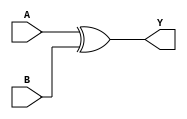
module xor_gate(
    input A, // Input signal A
    input B, // Input signal B
    output Y // Output signal Y
);

assign Y = A ^ B; // XOR operation on input signals A and B

endmodule